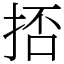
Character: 㧵